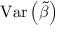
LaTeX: \operatorname { V a r } \left( { \tilde { \beta } } \right)